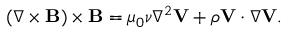
\begin{array} { r } { \left( \nabla \times { \mathbf B } \right) \times { \mathbf B } = \mu _ { 0 } \nu \nabla ^ { 2 } { \mathbf V } + \rho { \mathbf V } \cdot \nabla { \mathbf V } . } \end{array}